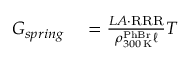
\begin{array} { r l } { G _ { s p r i n g } } & { { } = \frac { L A \cdot \mathrm { R R R } } { \rho _ { 3 0 0 \, \mathrm { K } } ^ { \mathrm { P h B r } } \ell } T } \end{array}